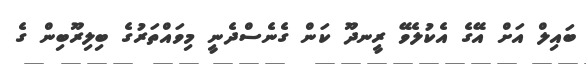
ބައިލް އަށް އޭގެ އެކުލެވޭ ރީނދޫ ކަން ގެނެސްދެނީ މިވައްތަރުގެ ބިލިރޫބިން ގެ